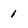
Character: 1